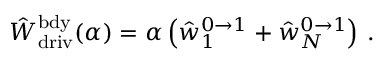
\hat { W } _ { \mathrm { d r i v } } ^ { \mathrm { b d y } } ( \alpha ) = \alpha \left( \hat { w } _ { 1 } ^ { 0 \to 1 } + \hat { w } _ { N } ^ { 0 \to 1 } \right) \, .